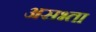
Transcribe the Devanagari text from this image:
असभ्ता